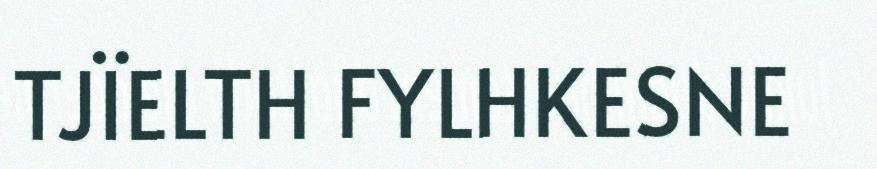
TJÏELTH FYLHKESNE